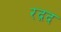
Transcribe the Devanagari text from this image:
रद़द